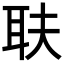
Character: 𦔾